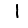
Digit: 1